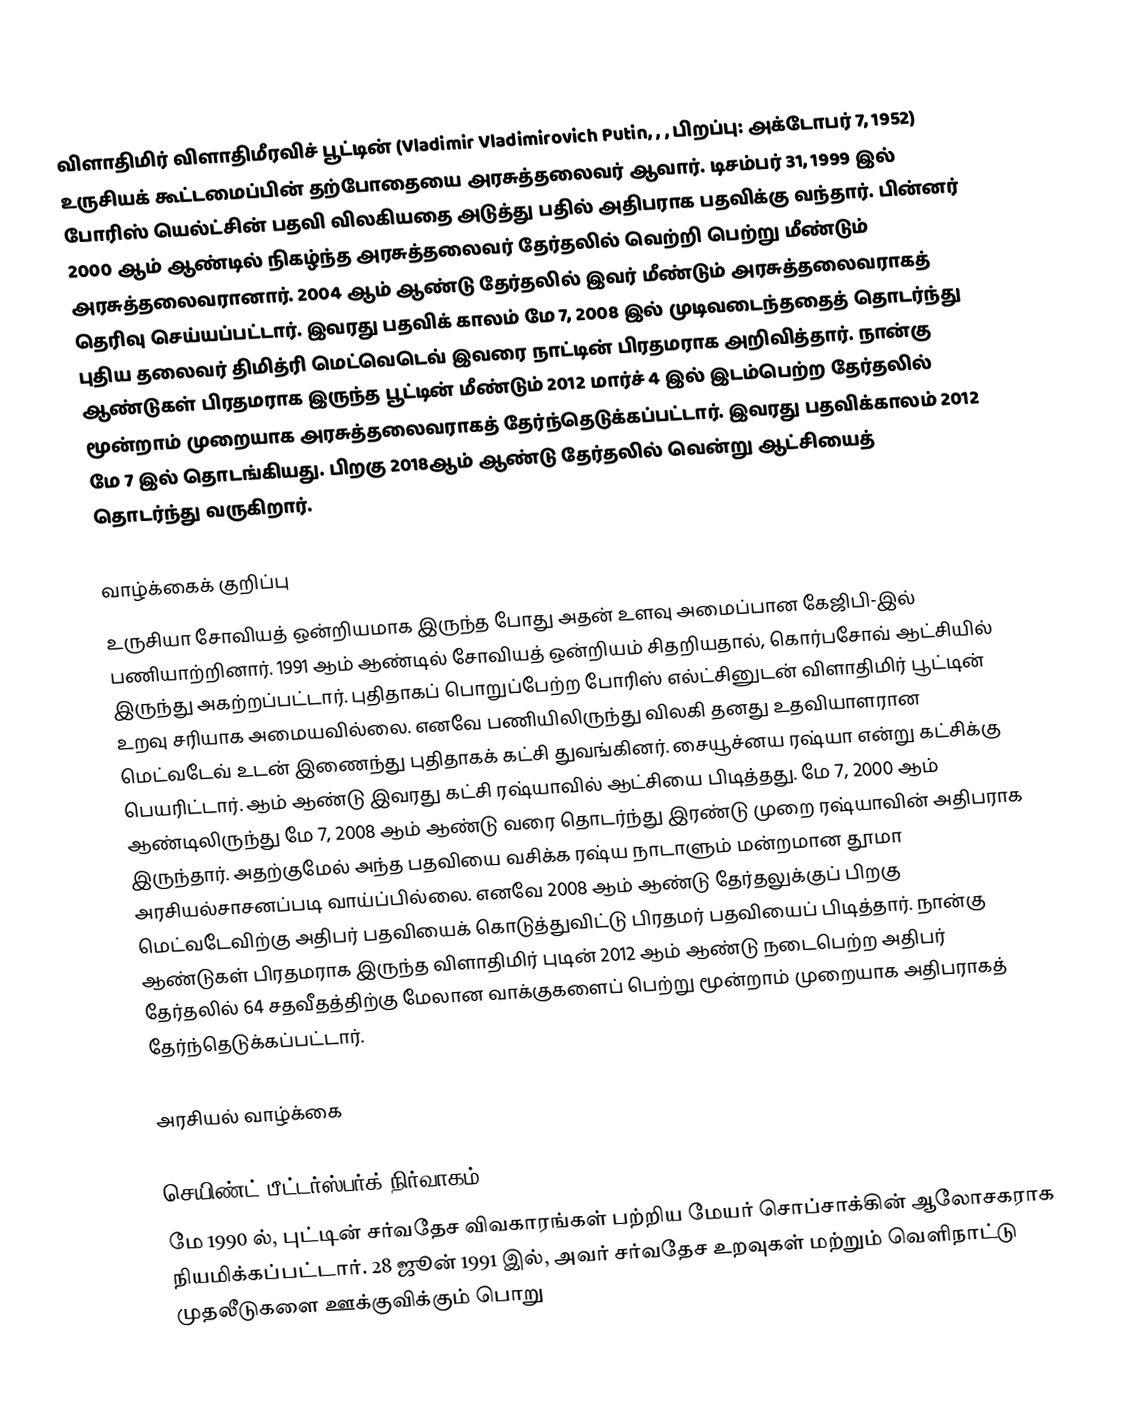
விளாதிமிர் விளாதிமீரவிச் பூட்டின் (Vladimir Vladimirovich Putin, , , பிறப்பு: அக்டோபர் 7, 1952) உருசியக் கூட்டமைப்பின் தற்போதையை அரசுத்தலைவர் ஆவார். டிசம்பர் 31, 1999 இல் போரிஸ் யெல்ட்சின் பதவி விலகியதை அடுத்து பதில் அதிபராக பதவிக்கு வந்தார். பின்னர் 2000 ஆம் ஆண்டில் நிகழ்ந்த அரசுத்தலைவர்  தேர்தலில் வெற்றி பெற்று மீண்டும் அரசுத்தலைவரானார். 2004 ஆம் ஆண்டு தேர்தலில் இவர் மீண்டும் அரசுத்தலைவராகத் தெரிவு செய்யப்பட்டார். இவரது பதவிக் காலம் மே 7, 2008 இல் முடிவடைந்ததைத் தொடர்ந்து புதிய தலைவர் திமித்ரி மெட்வெடெவ் இவரை நாட்டின் பிரதமராக அறிவித்தார். நான்கு ஆண்டுகள் பிரதமராக இருந்த பூட்டின் மீண்டும் 2012 மார்ச் 4 இல் இடம்பெற்ற தேர்தலில் மூன்றாம் முறையாக அரசுத்தலைவராகத் தேர்ந்தெடுக்கப்பட்டார். இவரது பதவிக்காலம் 2012 மே 7 இல் தொடங்கியது. பிறகு 2018ஆம் ஆண்டு தேர்தலில் வென்று ஆட்சியைத் தொடர்ந்து வருகிறார்.

வாழ்க்கைக் குறிப்பு
உருசியா சோவியத் ஒன்றியமாக இருந்த போது அதன் உளவு அமைப்பான கேஜிபி-இல் பணியாற்றினார். 1991 ஆம் ஆண்டில் சோவியத் ஒன்றியம் சிதறியதால், கொர்பசோவ் ஆட்சியில் இருந்து அகற்றப்பட்டார். புதிதாகப் பொறுப்பேற்ற போரிஸ் எல்ட்சினுடன் விளாதிமிர் பூட்டின் உறவு சரியாக அமையவில்லை. எனவே பணியிலிருந்து விலகி தனது உதவியாளரான மெட்வடேவ் உடன் இணைந்து புதிதாகக் கட்சி துவங்கினர். சையூச்னய ரஷ்யா என்று கட்சிக்கு பெயரிட்டார். ஆம் ஆண்டு இவரது கட்சி ரஷ்யாவில் ஆட்சியை பிடித்தது. மே 7, 2000 ஆம் ஆண்டிலிருந்து மே 7, 2008 ஆம் ஆண்டு வரை தொடர்ந்து இரண்டு முறை ரஷ்யாவின் அதிபராக இருந்தார். அதற்குமேல் அந்த பதவியை வசிக்க ரஷ்ய நாடாளும் மன்றமான தூமா அரசியல்சாசனப்படி வாய்ப்பில்லை. எனவே 2008 ஆம் ஆண்டு தேர்தலுக்குப் பிறகு மெட்வடேவிற்கு அதிபர் பதவியைக் கொடுத்துவிட்டு பிரதமர் பதவியைப் பிடித்தார். நான்கு ஆண்டுகள் பிரதமராக இருந்த விளாதிமிர் புடின் 2012 ஆம் ஆண்டு நடைபெற்ற அதிபர் தேர்தலில் 64 சதவீதத்திற்கு மேலான வாக்குகளைப் பெற்று மூன்றாம் முறையாக அதிபராகத் தேர்ந்தெடுக்கப்பட்டார்.

அரசியல் வாழ்க்கை

செயிண்ட் பீட்டர்ஸ்பர்க் நிர்வாகம்
மே 1990 ல், புட்டின் சர்வதேச விவகாரங்கள் பற்றிய மேயர் சொப்சாக்கின் ஆலோசகராக நியமிக்கப்பட்டார். 28 ஜூன் 1991 இல், அவர் சர்வதேச உறவுகள் மற்றும் வெளிநாட்டு முதலீடுகளை ஊக்குவிக்கும் பொறு